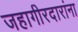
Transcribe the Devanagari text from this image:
जहागीरदारांना